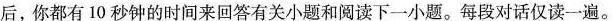
后，你都有 10 秒钟的时间来回答有关小题和阅读下一小题。每段对话仅读一遍。